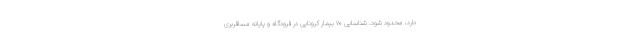
دارد، محدود شود. شناسایی ۷۰ بیمار کرونایی در فرودگاه و پایانه مسافربری